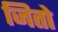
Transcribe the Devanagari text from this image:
जितो